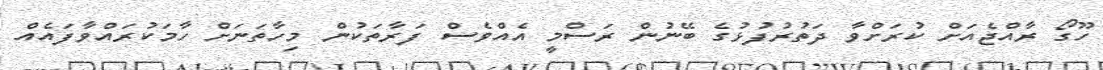
ހޫގޯ ރާއްޖެއަށް ކުރަށްވާ ދަތުރުފުޅުގެ ބޭނުން ރަސްމީ އެއްވެސް ފަރާތަކުން މިހާތަނަށް ހާމަކުރައްވާފައެއް